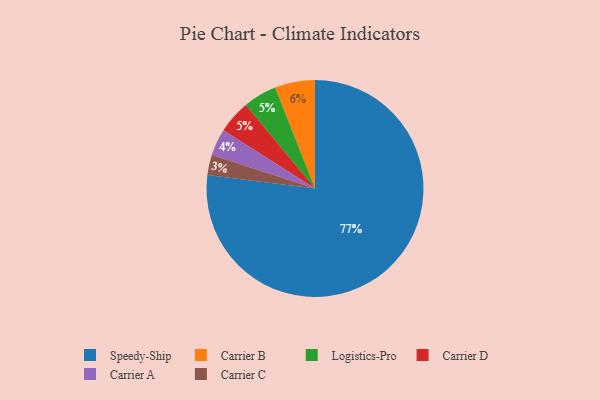
{"axis": {"x": "Category", "y": "Percentage"}, "legend": ["Carrier A", "Carrier B", "Carrier C", "Carrier D", "Logistics-Pro", "Speedy-Ship"], "data": [{"x": "Carrier A", "y": 4, "type": "Carrier A"}, {"x": "Logistics-Pro", "y": 5, "type": "Logistics-Pro"}, {"x": "Speedy-Ship", "y": 77, "type": "Speedy-Ship"}, {"x": "Carrier C", "y": 3, "type": "Carrier C"}, {"x": "Carrier B", "y": 6, "type": "Carrier B"}, {"x": "Carrier D", "y": 5, "type": "Carrier D"}]}